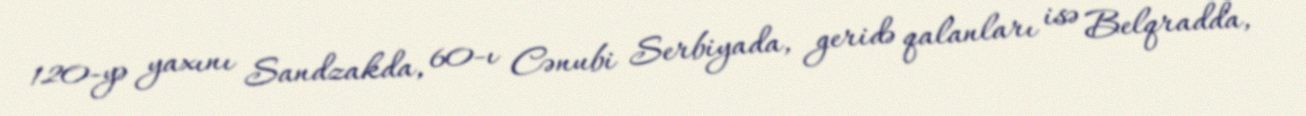
120-yə yaxını Sandzakda, 60-ı Cənubi Serbiyada, geridə qalanları isə Belqradda,